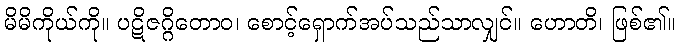
မိမိကိုယ်ကို။ ပဋိဇဂ္ဂိတောဝ၊ စောင့်ရှောက်အပ်သည်သာလျှင်။ ဟောတိ၊ ဖြစ်၏။